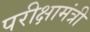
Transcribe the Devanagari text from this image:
परीक्षामंत्री